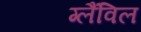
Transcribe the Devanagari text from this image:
ग्लैंविल